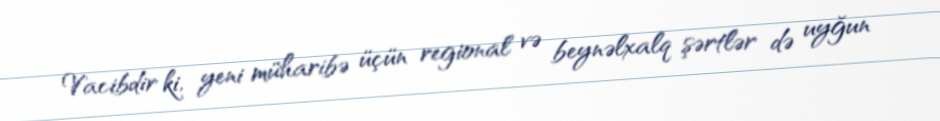
Vacibdir ki, yeni müharibə üçün regional və beynəlxalq şərtlər də uyğun